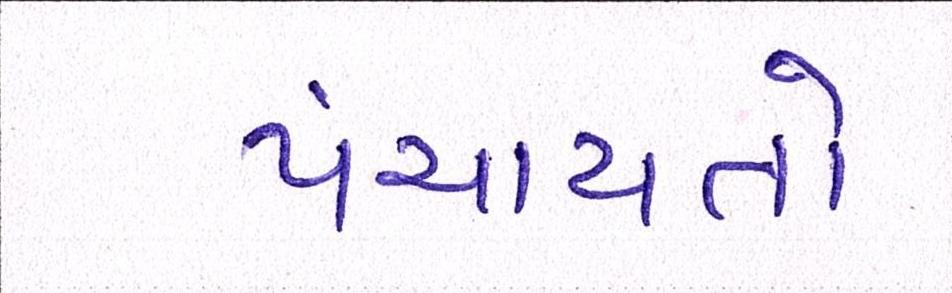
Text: પંચાયતો